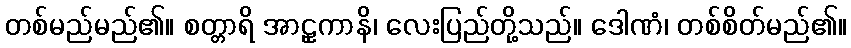
တစ်မည်မည်၏။ စတ္တာရိ အာဠှကာနိ၊ လေးပြည်တို့သည်။ ဒေါဏံ၊ တစ်စိတ်မည်၏။